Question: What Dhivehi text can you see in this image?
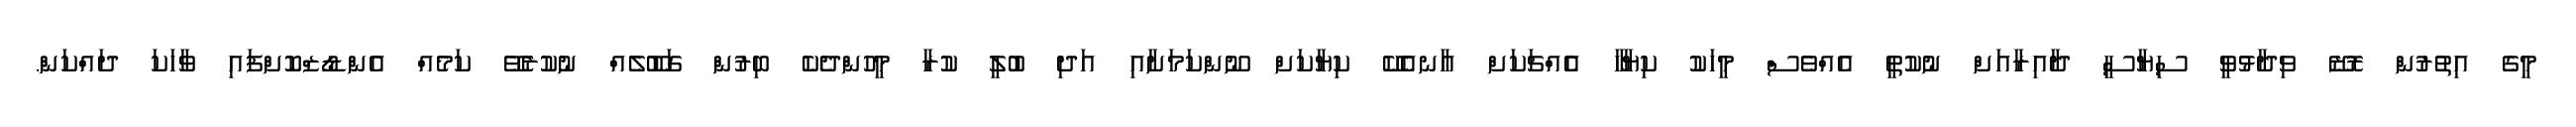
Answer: މީގެ އިތުރުން ރޮޒޭ ވިދާޅުވީ ސިޔާސީ ދާއިރާއަށް ނުކުތީ އެއްވެސް މީހަކު ކިޔާހާ އެެއްޗަކަށް އާނއެކޭ ކިޔާކަށް ނޫންކަމަށާއި އަދި ބުލީ ކުރާ މީހުންދެކެ ބިރުން ގަބޫލެއް ނުކުރެވޭ ކަމެއް އެންޑޯޒްކޮށްފައި ވާހަކަ ދައްކަން.